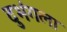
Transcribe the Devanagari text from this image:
दुभंगला